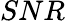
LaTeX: SNR